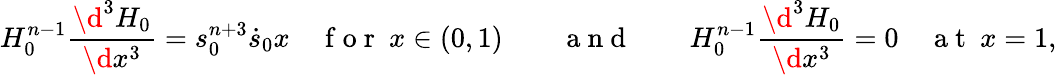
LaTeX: H_{0}^{n-1}\frac{\d^{3}H_{0}}{\d x^{3}}=s_{0}^{n+3}\dot{s}_{0}x\quad\mathrm{~f~o~r~}\ x\in(0,1)\qquad\mathrm{~a~n~d~}\qquad H_{0}^{n-1}\frac{\d^{3}H_{0}}{\d x^{3}}=0\quad\mathrm{~a~t~}\ x=1,